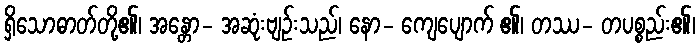
ရှိသောဓာတ်တို့၏၊ အန္တော- အဆုံးဗျဉ်းသည်၊ နော- ကျေပျောက် ၏၊ တဿ- တပစ္စည်း၏၊